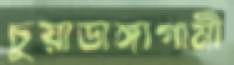
চুয়াডাঙ্গাগামী